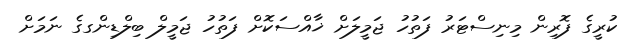
ކުރީގެ ފޮރިން މިނިސްޓަރު ފަތުހު ޖަމީލަށް ޚާއްސަކޮށް ފަތުހު ޖަމީލް ބިލްޑިންގގެ ނަމަށް